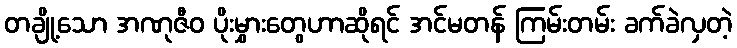
တချို့သော အဏုဇီဝ ပိုးမွှားတွေဟာဆိုရင် အင်မတန် ကြမ်းတမ်း ခက်ခဲလှတဲ့